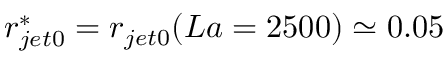
r _ { j e t 0 } ^ { * } = r _ { j e t 0 } ( L a = 2 5 0 0 ) \simeq 0 . 0 5